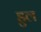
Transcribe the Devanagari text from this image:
डुल